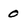
Character: 0